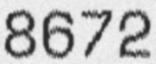
8672